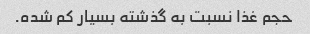
حجم غذا نسبت به گذشته بسیار کم شده.